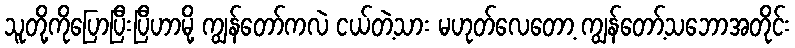
သူတို့ကိုပြောပြီးပြီဟာမို့ ကျွန်တော်ကလဲ ငယ်တဲ့သား မဟုတ်လေတော့ ကျွန်တော့်သဘောအတိုင်း